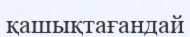
қашықтағандай